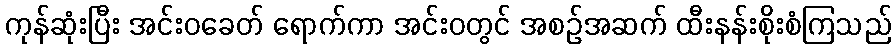
ကုန်ဆုံးပြီး အင်းဝခေတ် ရောက်ကာ အင်းဝတွင် အစဉ်အဆက် ထီးနန်းစိုးစံကြသည်